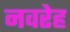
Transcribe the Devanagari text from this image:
नवरेह